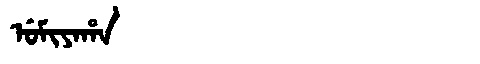
Manchu: ᡠᠮᡳᠶᠠᡥᠠ
Romanization: UMIYAHA